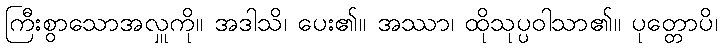
ကြီးစွာသောအလှူကို။ အဒါသိ၊ ပေး၏။ အဿာ၊ ထိုသုပ္ပဝါသာ၏။ ပုတ္တောပိ၊